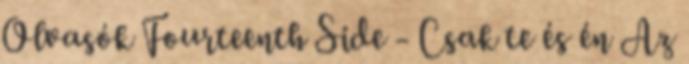
Olvasók Fourteenth Side - Csak te és én Az